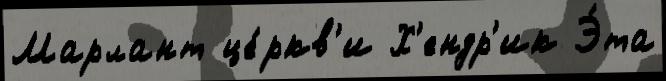
Марлант це́ркв'и Х'ендр'ик Э́та